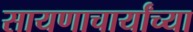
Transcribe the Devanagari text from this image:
सायणाचार्यांच्या